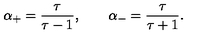
\alpha _ { + } = { \frac { \tau } { \tau - 1 } } , \qquad \alpha _ { - } = { \frac { \tau } { \tau + 1 } } .